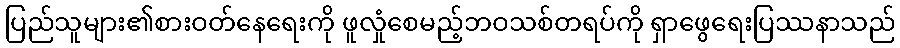
ပြည်သူများ၏စားဝတ်နေရေးကို ဖူလှုံစေမည့်ဘဝသစ်တရပ်ကို ရှာဖွေရေးပြဿနာသည်